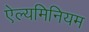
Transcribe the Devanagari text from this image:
ऐल्यमिनियम